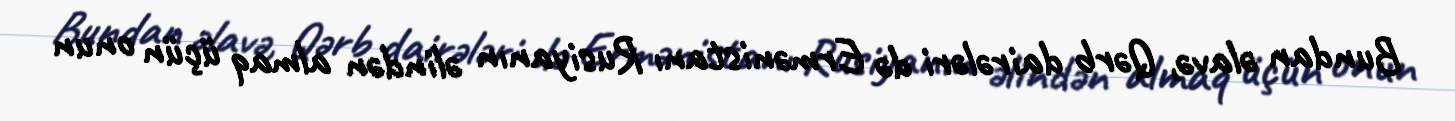
Bundan əlavə, Qərb dairələri də Ermənistanı Rusiyanın əlindən almaq üçün onun